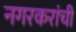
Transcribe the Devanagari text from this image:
नगरकरांची